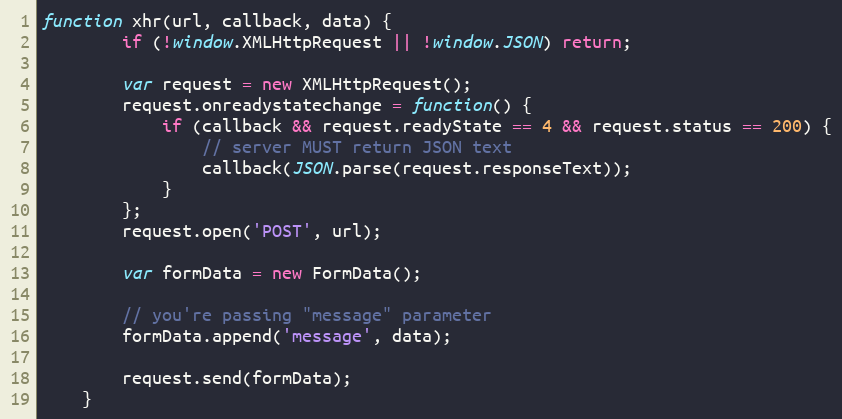
Language: JavaScript
function xhr(url, callback, data) {
        if (!window.XMLHttpRequest || !window.JSON) return;

        var request = new XMLHttpRequest();
        request.onreadystatechange = function() {
            if (callback && request.readyState == 4 && request.status == 200) {
                // server MUST return JSON text
                callback(JSON.parse(request.responseText));
            }
        };
        request.open('POST', url);

        var formData = new FormData();

        // you're passing "message" parameter
        formData.append('message', data);

        request.send(formData);
    }